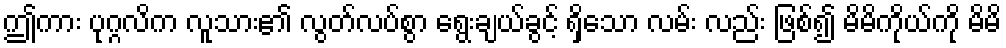
ဤကား ပုဂ္ဂလိက လူသား၏ လွတ်လပ်စွာ ရွေးချယ်ခွင့် ရှိသော လမ်း လည်း ဖြစ်၍ မိမိကိုယ်ကို မိမိ